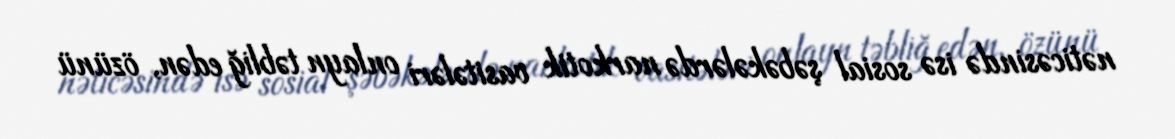
nəticəsində isə sosial şəbəkələrdə narkotik vasitələri onlayn təbliğ edən, özünü